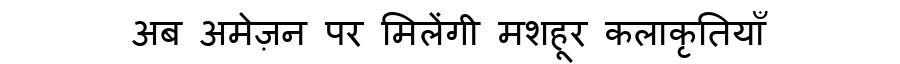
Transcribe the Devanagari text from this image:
अब अमेज़न पर मिलेंगी मशहूर कलाकृतियाँ